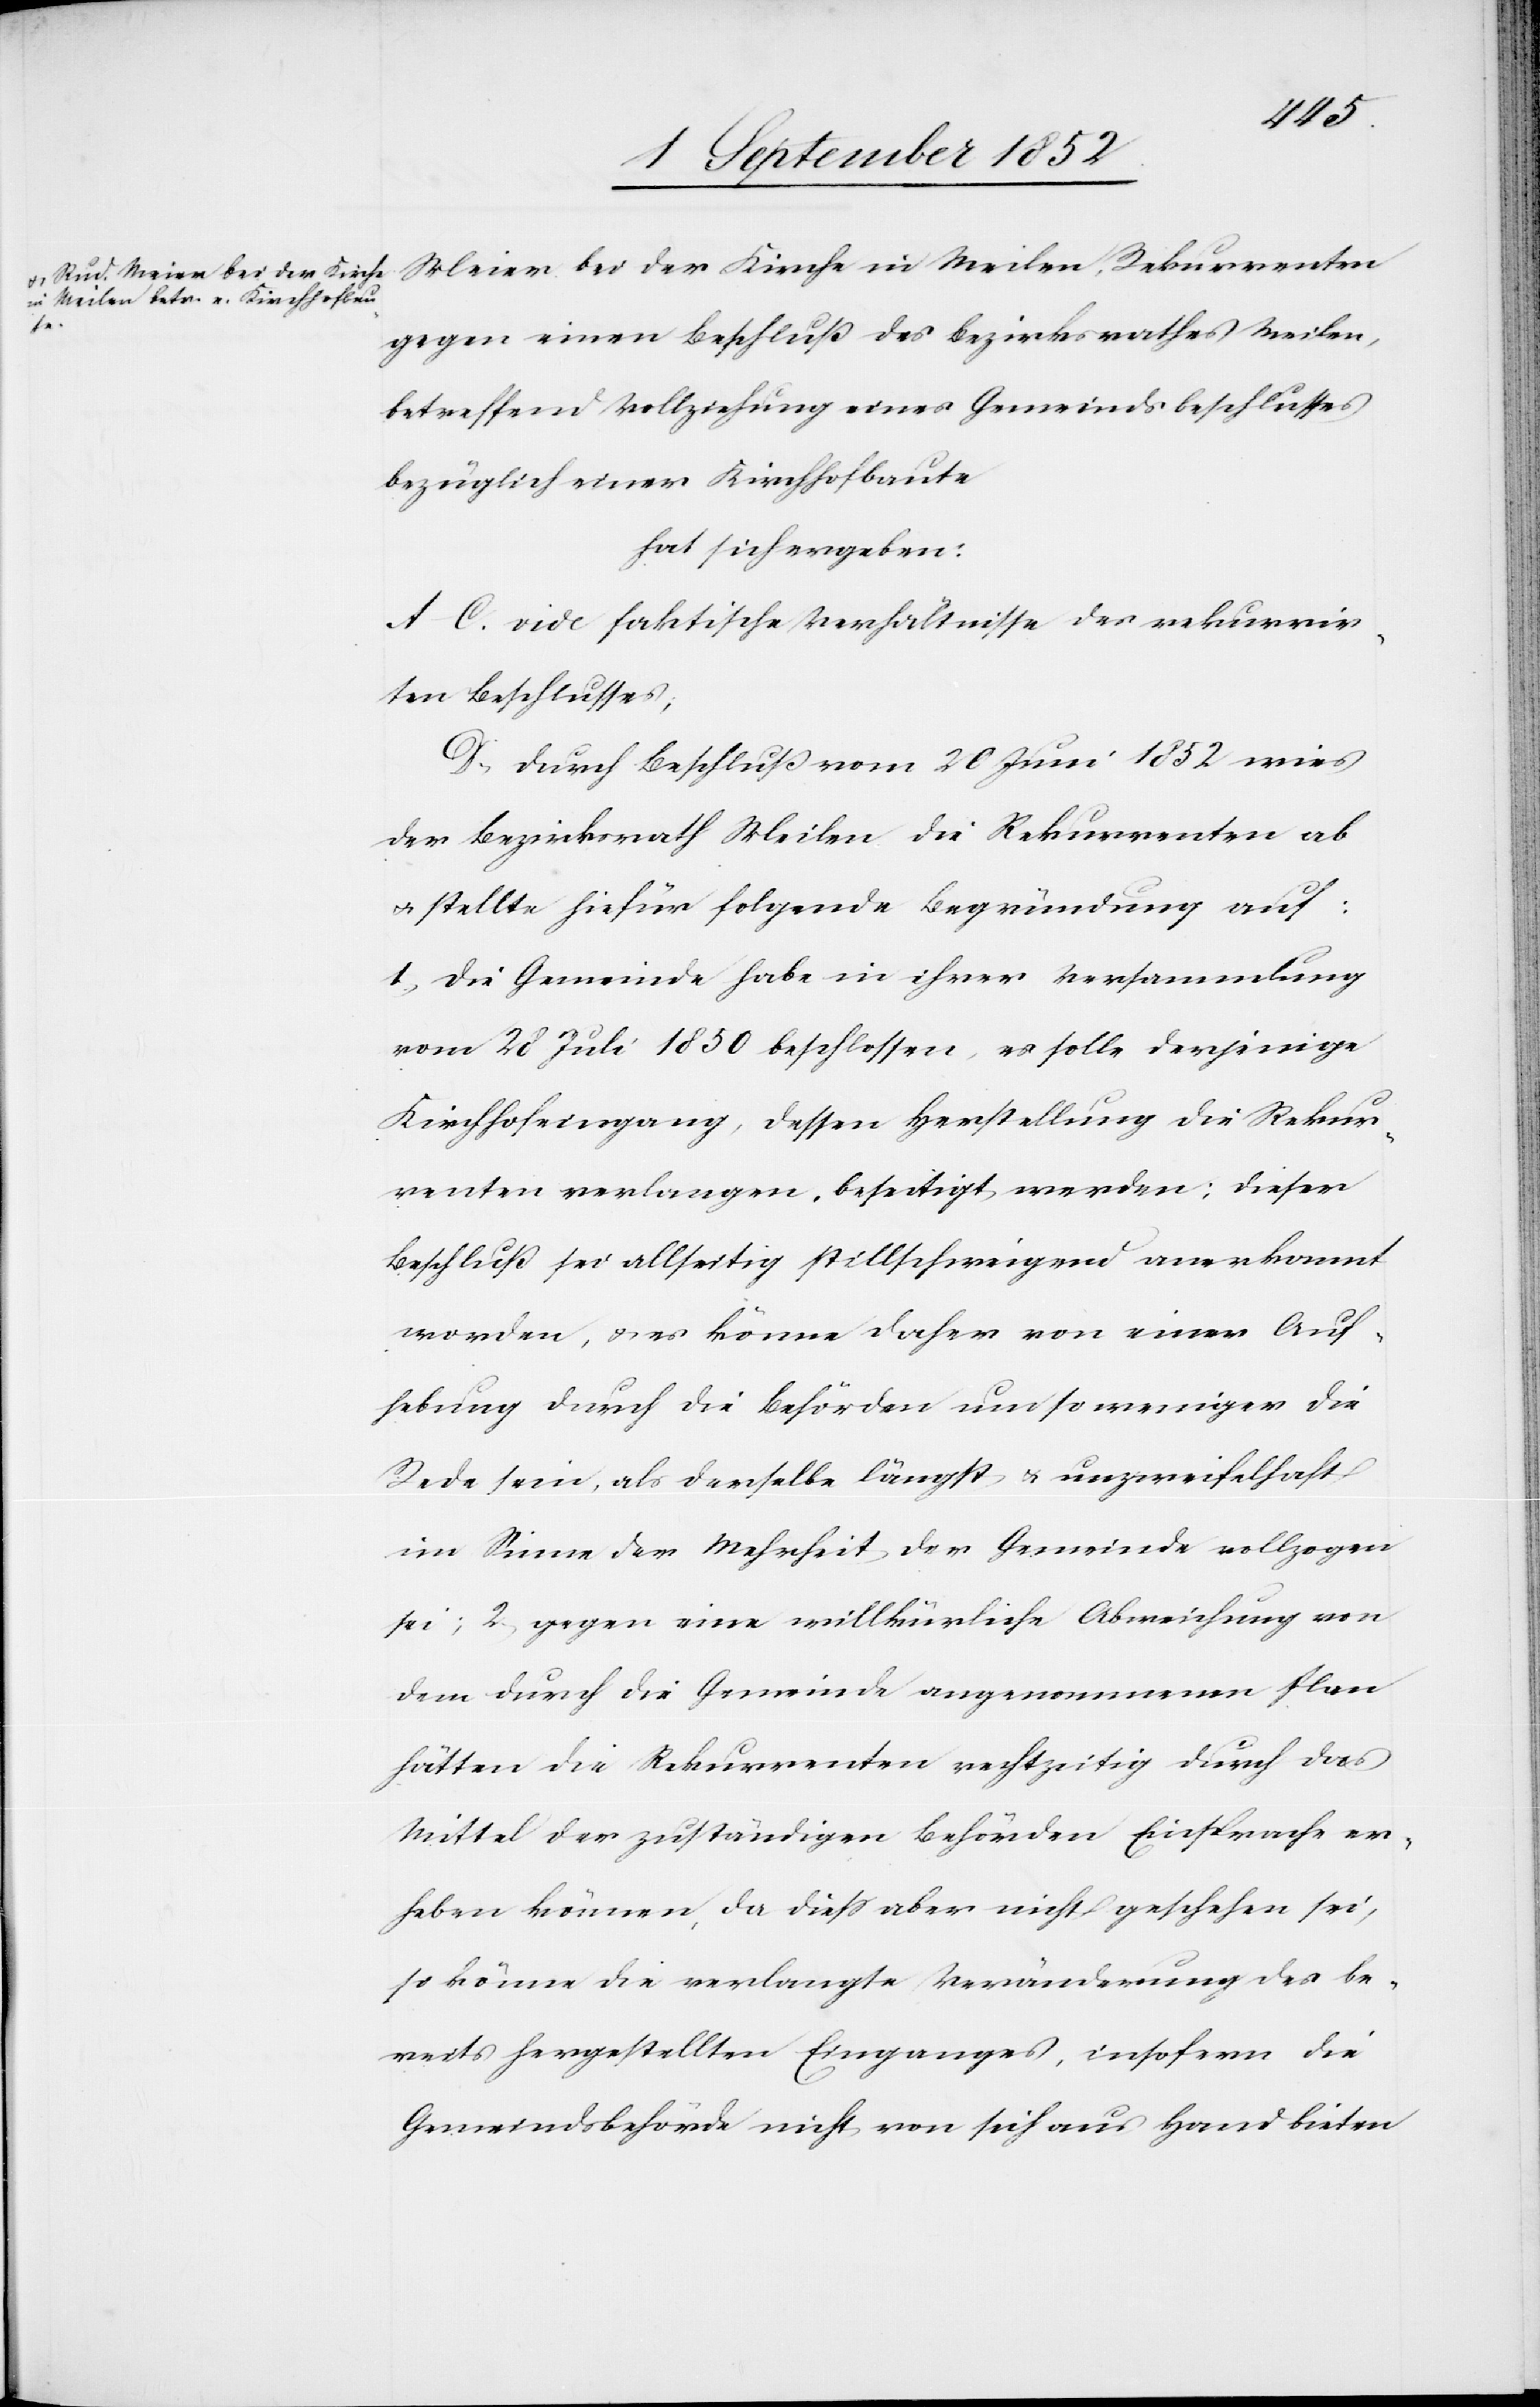
Meier
der
gegen einen Beschluß des Bezirksrathes Meilen,
betreffend Vollziehung eines Gemeindsbeschlusses
bezüglich einer Kirchhofbaute
hat sich ergeben:
A–C. vide faktische Verhältnisse des rekurrir¬
ten Beschlusses;
D, Durch Beschluß vom 20 Juni 1852 wies
der Bezirksrath Meilen die Rekurrenten ab
& stellte hiefür folgende Begründung auf:
1, Die Gemeinde habe in ihrer Versammlung
vom 28 Juli 1850 beschlossen, es solle derjenige
Kirchhofeingang, dessen Herstellung die Rekur¬
renten verlangen, beseitigt werden; dieser
Beschluß sei allseitig stillschweigend anerkannt
worden, & es könne daher von einer Auf¬
hebung durch die Behörden um so weniger die
Rede sein, als derselbe längst & unzweifelhaft
im Sinne der Mehrheit der Gemeinde vollzogen
sei; 2, gegen eine willkürliche Abweichung von
dem durch die Gemeinde angenommenen Plan
hätten die Rekurrenten rechtzeitig durch das
Mittel der zuständigen Behörden Einsprache er¬
heben können, da diess aber nicht geschehen sei,
so könne die verlangte Veränderung des be¬
reits hergestellten Einganges, insofern die
Gemeindsbehörde nicht von sich aus Hand bieten